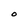
Character: O